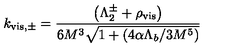
k _ { \mathrm { v i s , \pm } } = { \frac { \left( \Lambda _ { 2 } ^ { \pm } + \rho _ { \mathrm { v i s } } \right) } { 6 M ^ { 3 } \sqrt { 1 + ( { 4 \alpha \Lambda _ { b } } / { 3 M ^ { 5 } } ) } } }